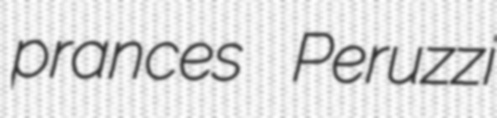
prances Peruzzi